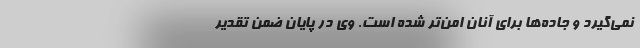
نمی‌گیرد و جاده‌ها برای آنان امن‌تر شده است. وی در پایان ضمن تقدیر